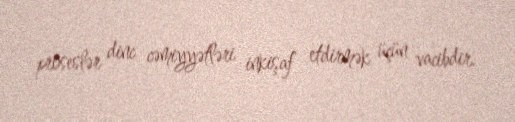
proseslər dinc cəmiyyətləri inkişaf etdirmək üçün vacibdir.